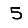
Digit: 5